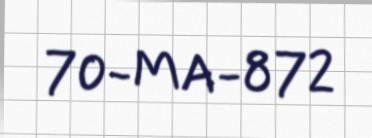
70-MA-872